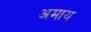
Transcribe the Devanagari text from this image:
अमाय